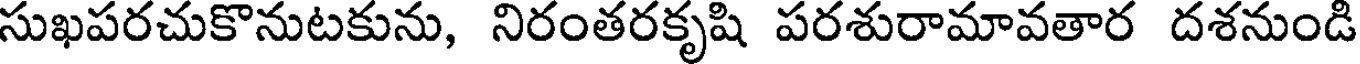
సుఖపరచుకొనుటకును, నిరంతరకృషి పరశురామావతార దశనుండి